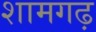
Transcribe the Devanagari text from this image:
शामगढ़